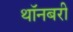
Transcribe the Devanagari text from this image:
थॉनबरी